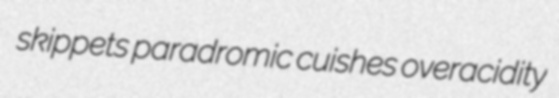
skippets paradromic cuishes overacidity